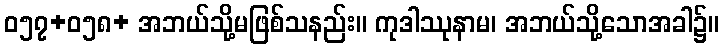
ဝ၅၇+၀၅၈+ အဘယ်သို့မဖြစ်သနည်း။ ကုဒါဿုနာမ၊ အဘယ်သို့သောအခါ၌။